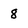
Character: 8